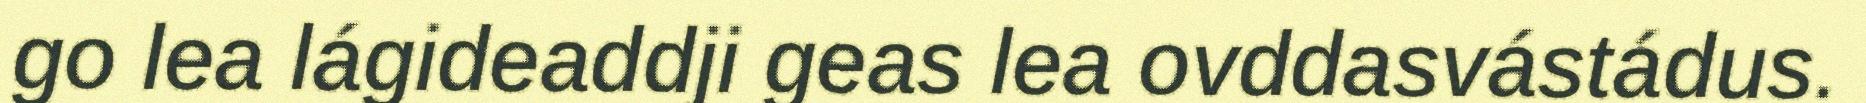
go lea lágideaddji geas lea ovddasvástádus.